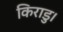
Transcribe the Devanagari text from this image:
किराडु।